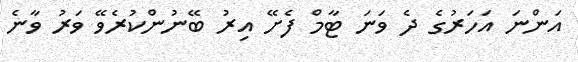
އަންނަ އަހަރުގެ ދެ ވަނަ ޓާމް ފެށޭ އިރު ބޭނުންކުރެވޭ ވަރު ވާނެ